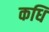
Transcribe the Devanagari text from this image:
कधि